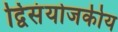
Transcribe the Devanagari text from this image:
द्विसंयोजकीय